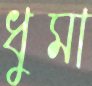
ধুমা